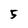
Character: 5